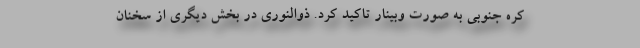
کره جنوبی به صورت وبینار تاکید کرد. ذوالنوری در بخش دیگری از سخنان